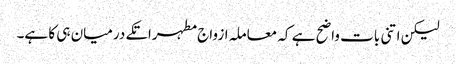
لیکن اتنی بات واضح ہے کہ معاملہ ازواج مطہراتکے درمیان ہی کا ہے۔